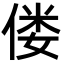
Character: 偻